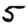
Digit: 5